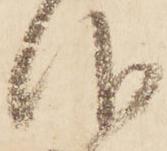
仰